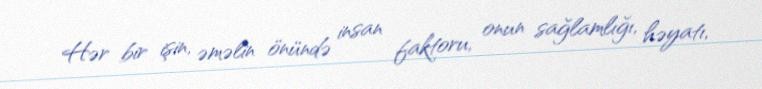
Hər bir işin, əməlin önündə insan faktoru, onun sağlamlığı, həyatı,